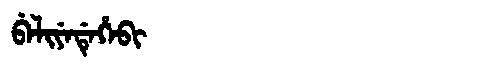
Manchu: ᠪᡝᠯᡳᠶᡝᡩᡝᡥᡝᠪᡳ
Romanization: BELIYEDEHEBI